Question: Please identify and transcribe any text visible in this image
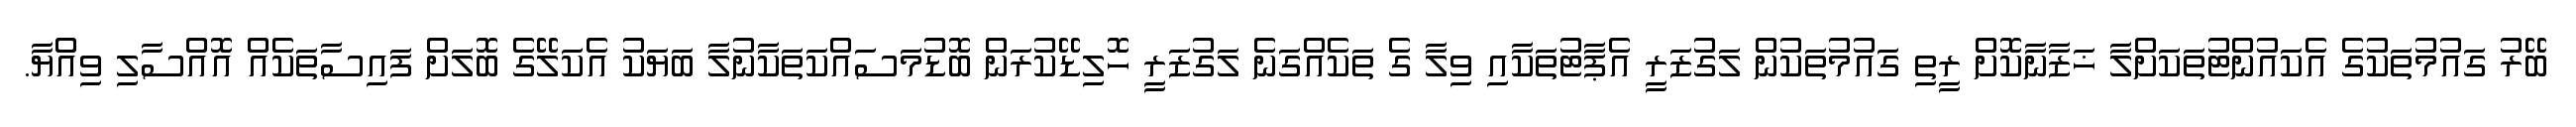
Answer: ބޭރު ގައުމުތަކުގެ އެކައުންޓުތަކަށްލާ ޚަޒާނާކޮށް ރީތި ގައުމުތަކުން ލަގުޒަރީ އެޕާޓުތަކާއި ވިލާ ގެ ތަކެއްގަނެ ލަގުޒަރީ ހޮލިޑޭކުރަން ބޮޑުމަސައްކަތަކާނުލާ ބަޔަކު އެކަލޭގެ ބޮލަށް ފައިސާތަކެއް އޮއްސާލި ވިއްޔާ.